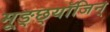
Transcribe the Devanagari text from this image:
मूङ्छ्यॉजिन्